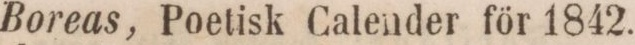
Boreas, Poetisk Calender för 1842.